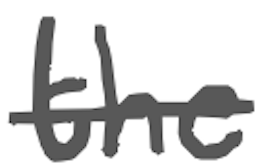
Text: the
Cross-out: single-line
Writing tool: digital_gray